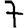
Digit: 7